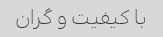
با کیفیت و گران